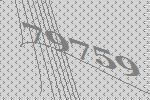
79759